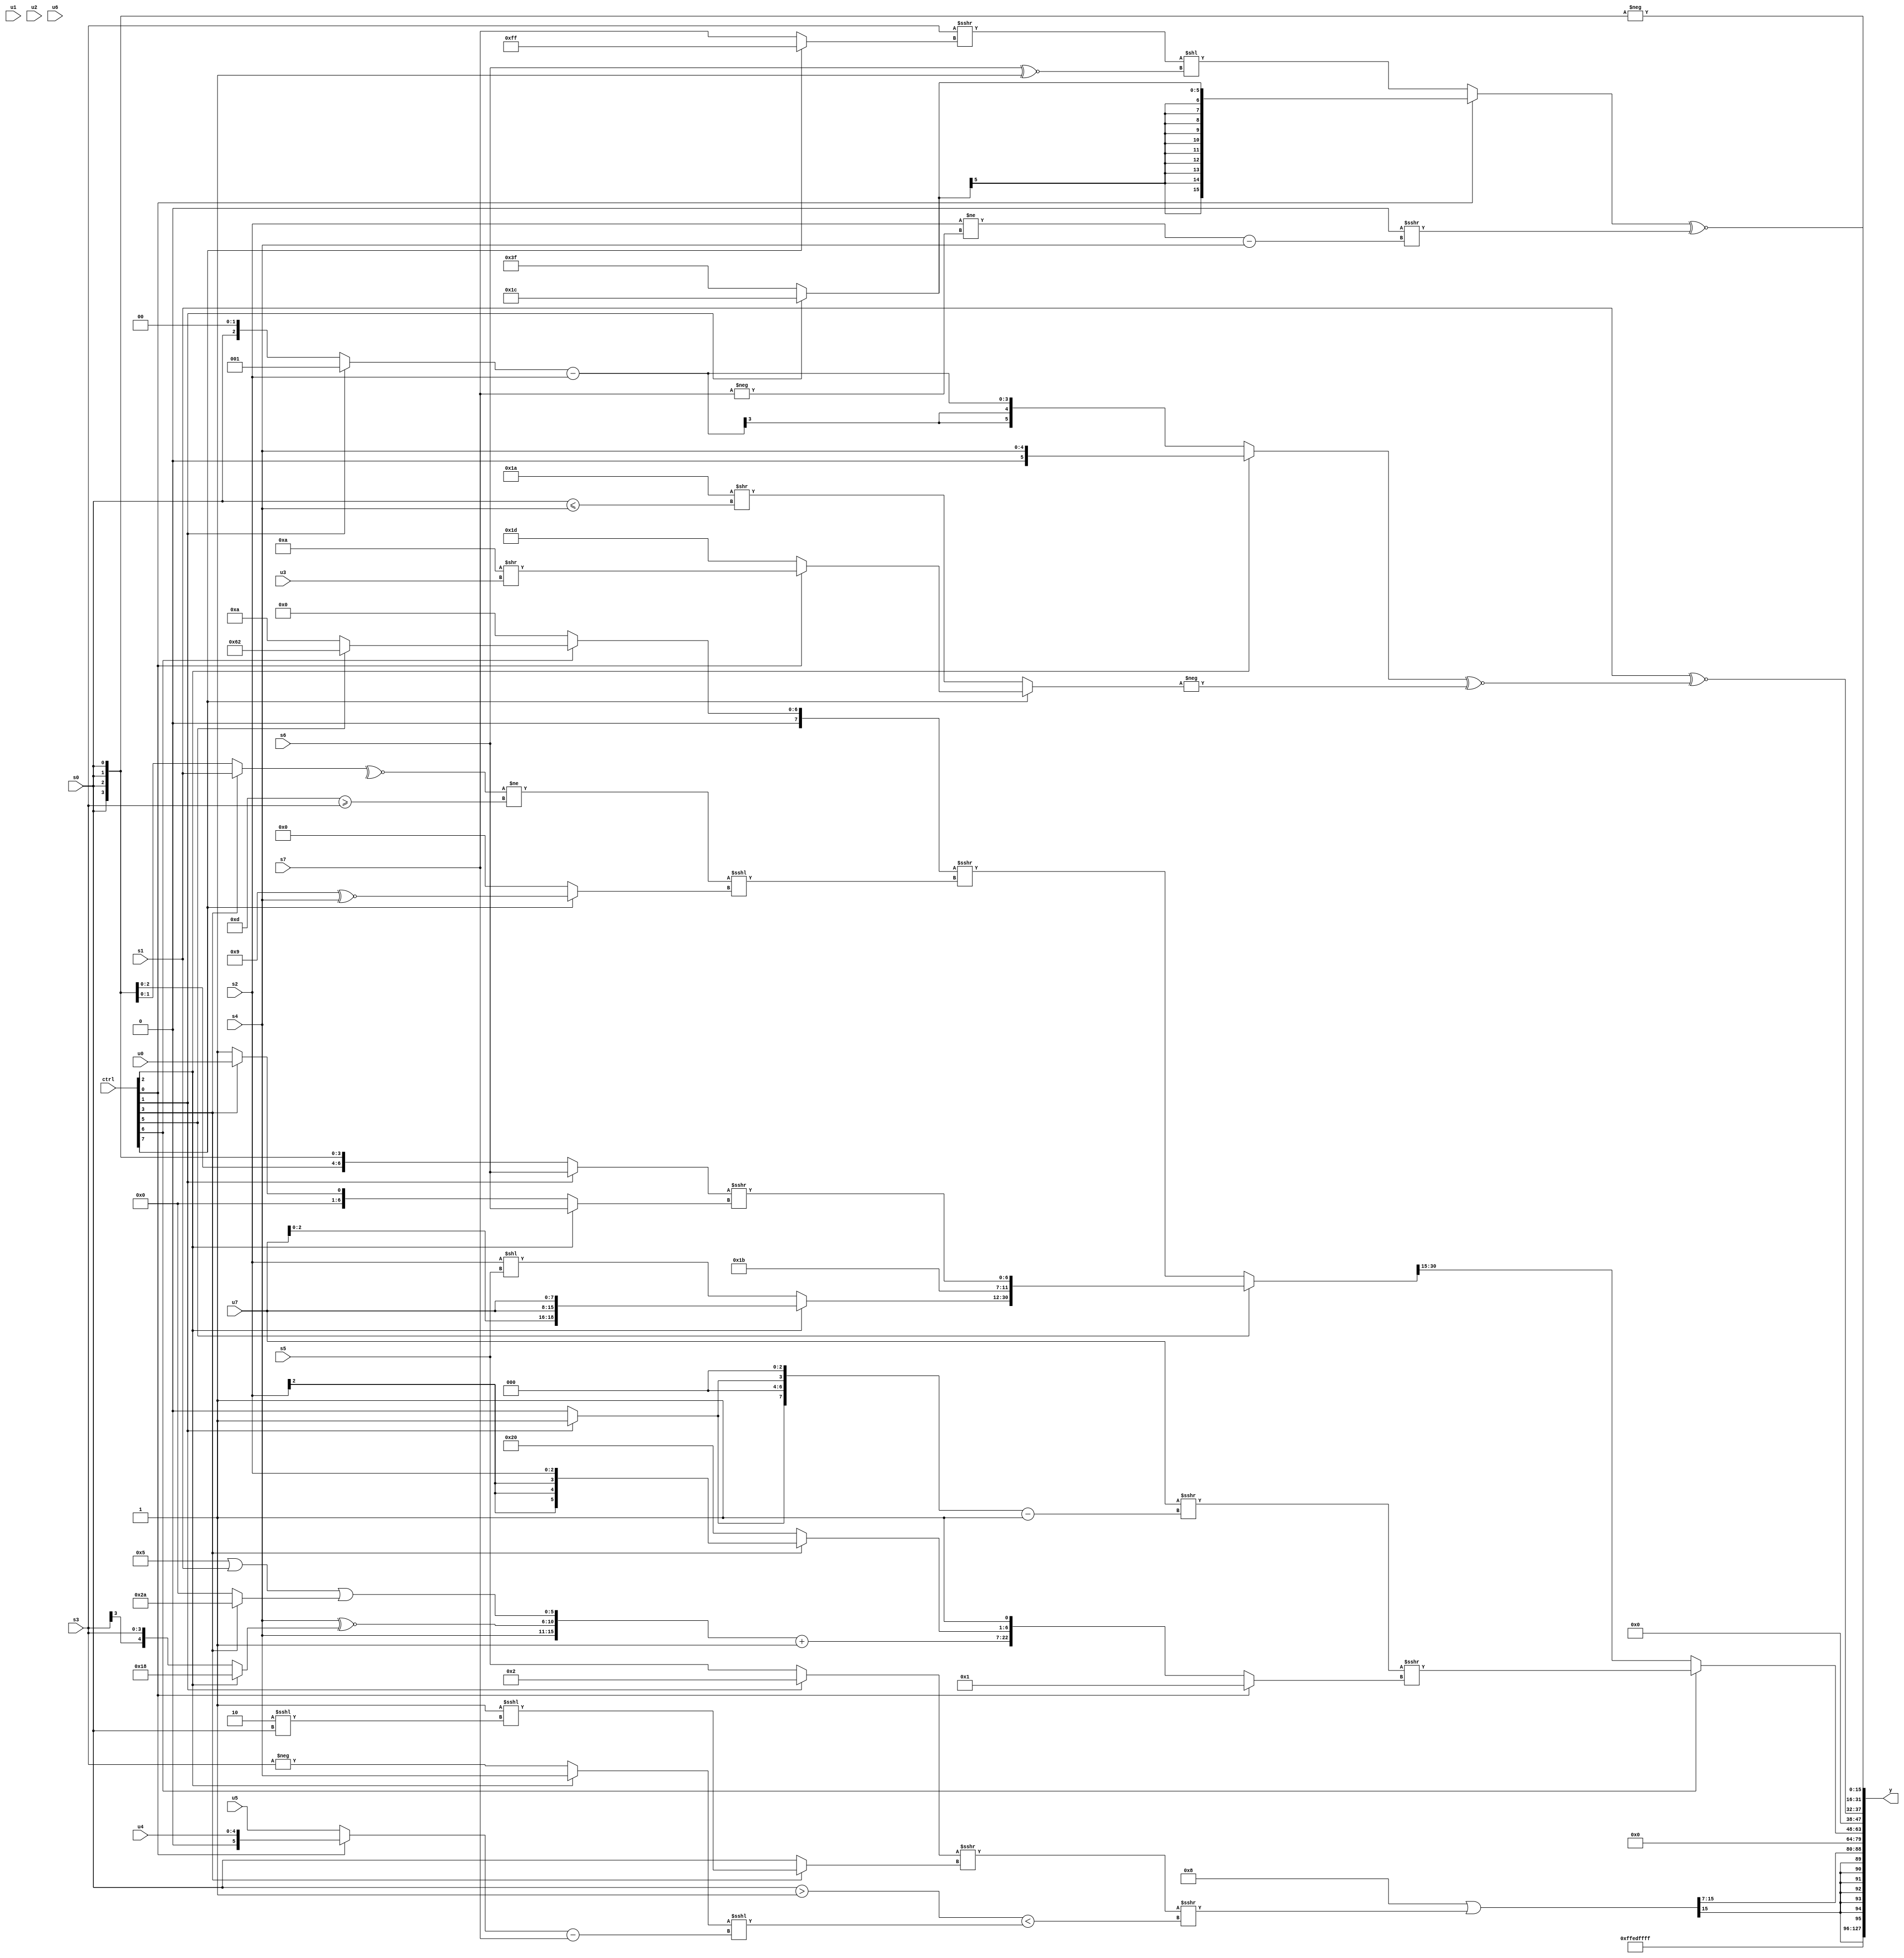
module wideexpr_00038(ctrl, u0, u1, u2, u3, u4, u5, u6, u7, s0, s1, s2, s3, s4, s5, s6, s7, y);
  input [7:0] ctrl;
  input [0:0] u0;
  input [1:0] u1;
  input [2:0] u2;
  input [3:0] u3;
  input [4:0] u4;
  input [5:0] u5;
  input [6:0] u6;
  input [7:0] u7;
  input signed [0:0] s0;
  input signed [1:0] s1;
  input signed [2:0] s2;
  input signed [3:0] s3;
  input signed [4:0] s4;
  input signed [5:0] s5;
  input signed [6:0] s6;
  input signed [7:0] s7;
  output [127:0] y;
  wire [15:0] y0;
  wire [15:0] y1;
  wire [15:0] y2;
  wire [15:0] y3;
  wire [15:0] y4;
  wire [15:0] y5;
  wire [15:0] y6;
  wire [15:0] y7;
  assign y = {y0,y1,y2,y3,y4,y5,y6,y7};
  assign y0 = 6'sb101101;
  assign y1 = 1'sb1;
  assign y2 = ((6'sb111000)|((($signed($signed({1{(ctrl[1]?3'sb010:s5)}})))>>>((ctrl[3]?-((1'b1)<<<((2'sb10)<<<(s0))):s0)))>>>((($signed(s0))>($signed((-(2'b11))<(+(5'sb11111)))))<($signed(((ctrl[2]?$signed(s4):-(s3)))<<<(((ctrl[0]?u4:u5))-(s7)))))))>>>((4'b0111)^(!(3'sb011)));
  assign y3 = 1'sb0;
  assign y4 = (ctrl[6]?($signed(($signed($signed(u7)))>>>(({2{((ctrl[1]?4'sb1101:1'sb0))<<(2'sb11)}})-({$signed(1'sb1)}))))>>>((ctrl[0]?1'sb1:{({s4,(s4)^~((ctrl[2]?5'sb11000:s3)),((4'sb0101)|(s1))|((ctrl[3]?6'sb101010:3'sb000))})+(3'sb001),(ctrl[3]?s2:6'sb100000),1'b1})):((ctrl[5]?$signed({((ctrl[3]?4'sb1100:$signed(5'b01010)))^(s7),+((ctrl[2]?{3{u7}}:(s2)<<(s5))),$signed(-(-(5'sb11011))),(+((ctrl[1]?s6:s0)))>>>((ctrl[2]?s6:(ctrl[3]?u0:1'b1)))}):($signed((ctrl[6]?(ctrl[5]?{6'sb011000,2'sb10}:{6'b001010}):(s0)>>(~^(4'sb1100)))))>>>(((~^((ctrl[3]?s1:s0)))!=((+(5'sb01101))>=(s3)))<<<((ctrl[7]?$unsigned((4'sb1001)^~(s4)):(ctrl[5]?1'b0:(2'b00)<<<(4'sb0111)))))))>>(4'sb1111));
  assign y5 = {1{(s1)^~(((ctrl[2]?(ctrl[2]?s4:(ctrl[5]?5'sb11100:(s2)>>>(s7))):((ctrl[1]?3'sb001:(s0)<<<(2'sb10)))-(s2)))^~(-((ctrl[7]?(ctrl[0]?(6'sb001010)>>(u3):6'b011101):(5'b11010)>>((s0)<=(s4))))))}};
  assign y6 = ((ctrl[0]?$signed({(ctrl[1]?6'sb011100:-(-((4'sb1001)>>>(4'sb1101))))}):((s3)>>>(+(+((ctrl[7]?1'sb1:s7)))))<<(($signed($signed(s6)))^~(1'sb1))))^~((2'sb00)>>>(($signed((s2)!=(-(s7))))-(+(s4))));
  assign y7 = -({4{s0}});
endmodule